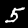
Digit: 5